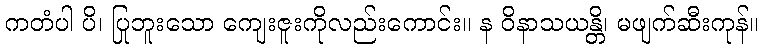
ကတံပါ ပိ၊ ပြုဘူးသော ကျေးဇူးကိုလည်းကောင်း။ န ဝိနာသယန္တိ၊ မဖျက်ဆီးကုန်။